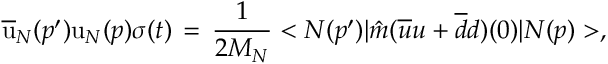
{ \overline { { { \mathrm { u } } } } } _ { N } ( p ^ { \prime } ) { \mathrm { u } } _ { N } ( p ) \sigma ( t ) \, = \, \frac { 1 } { 2 M _ { N } } < N ( p ^ { \prime } ) \vert { \hat { m } } ( { \overline { { u } } } u + { \overline { { d } } } d ) ( 0 ) \vert N ( p ) > ,